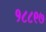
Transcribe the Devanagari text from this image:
१८८९७